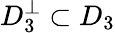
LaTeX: D_{3}^{\bot}\subset D_{3}